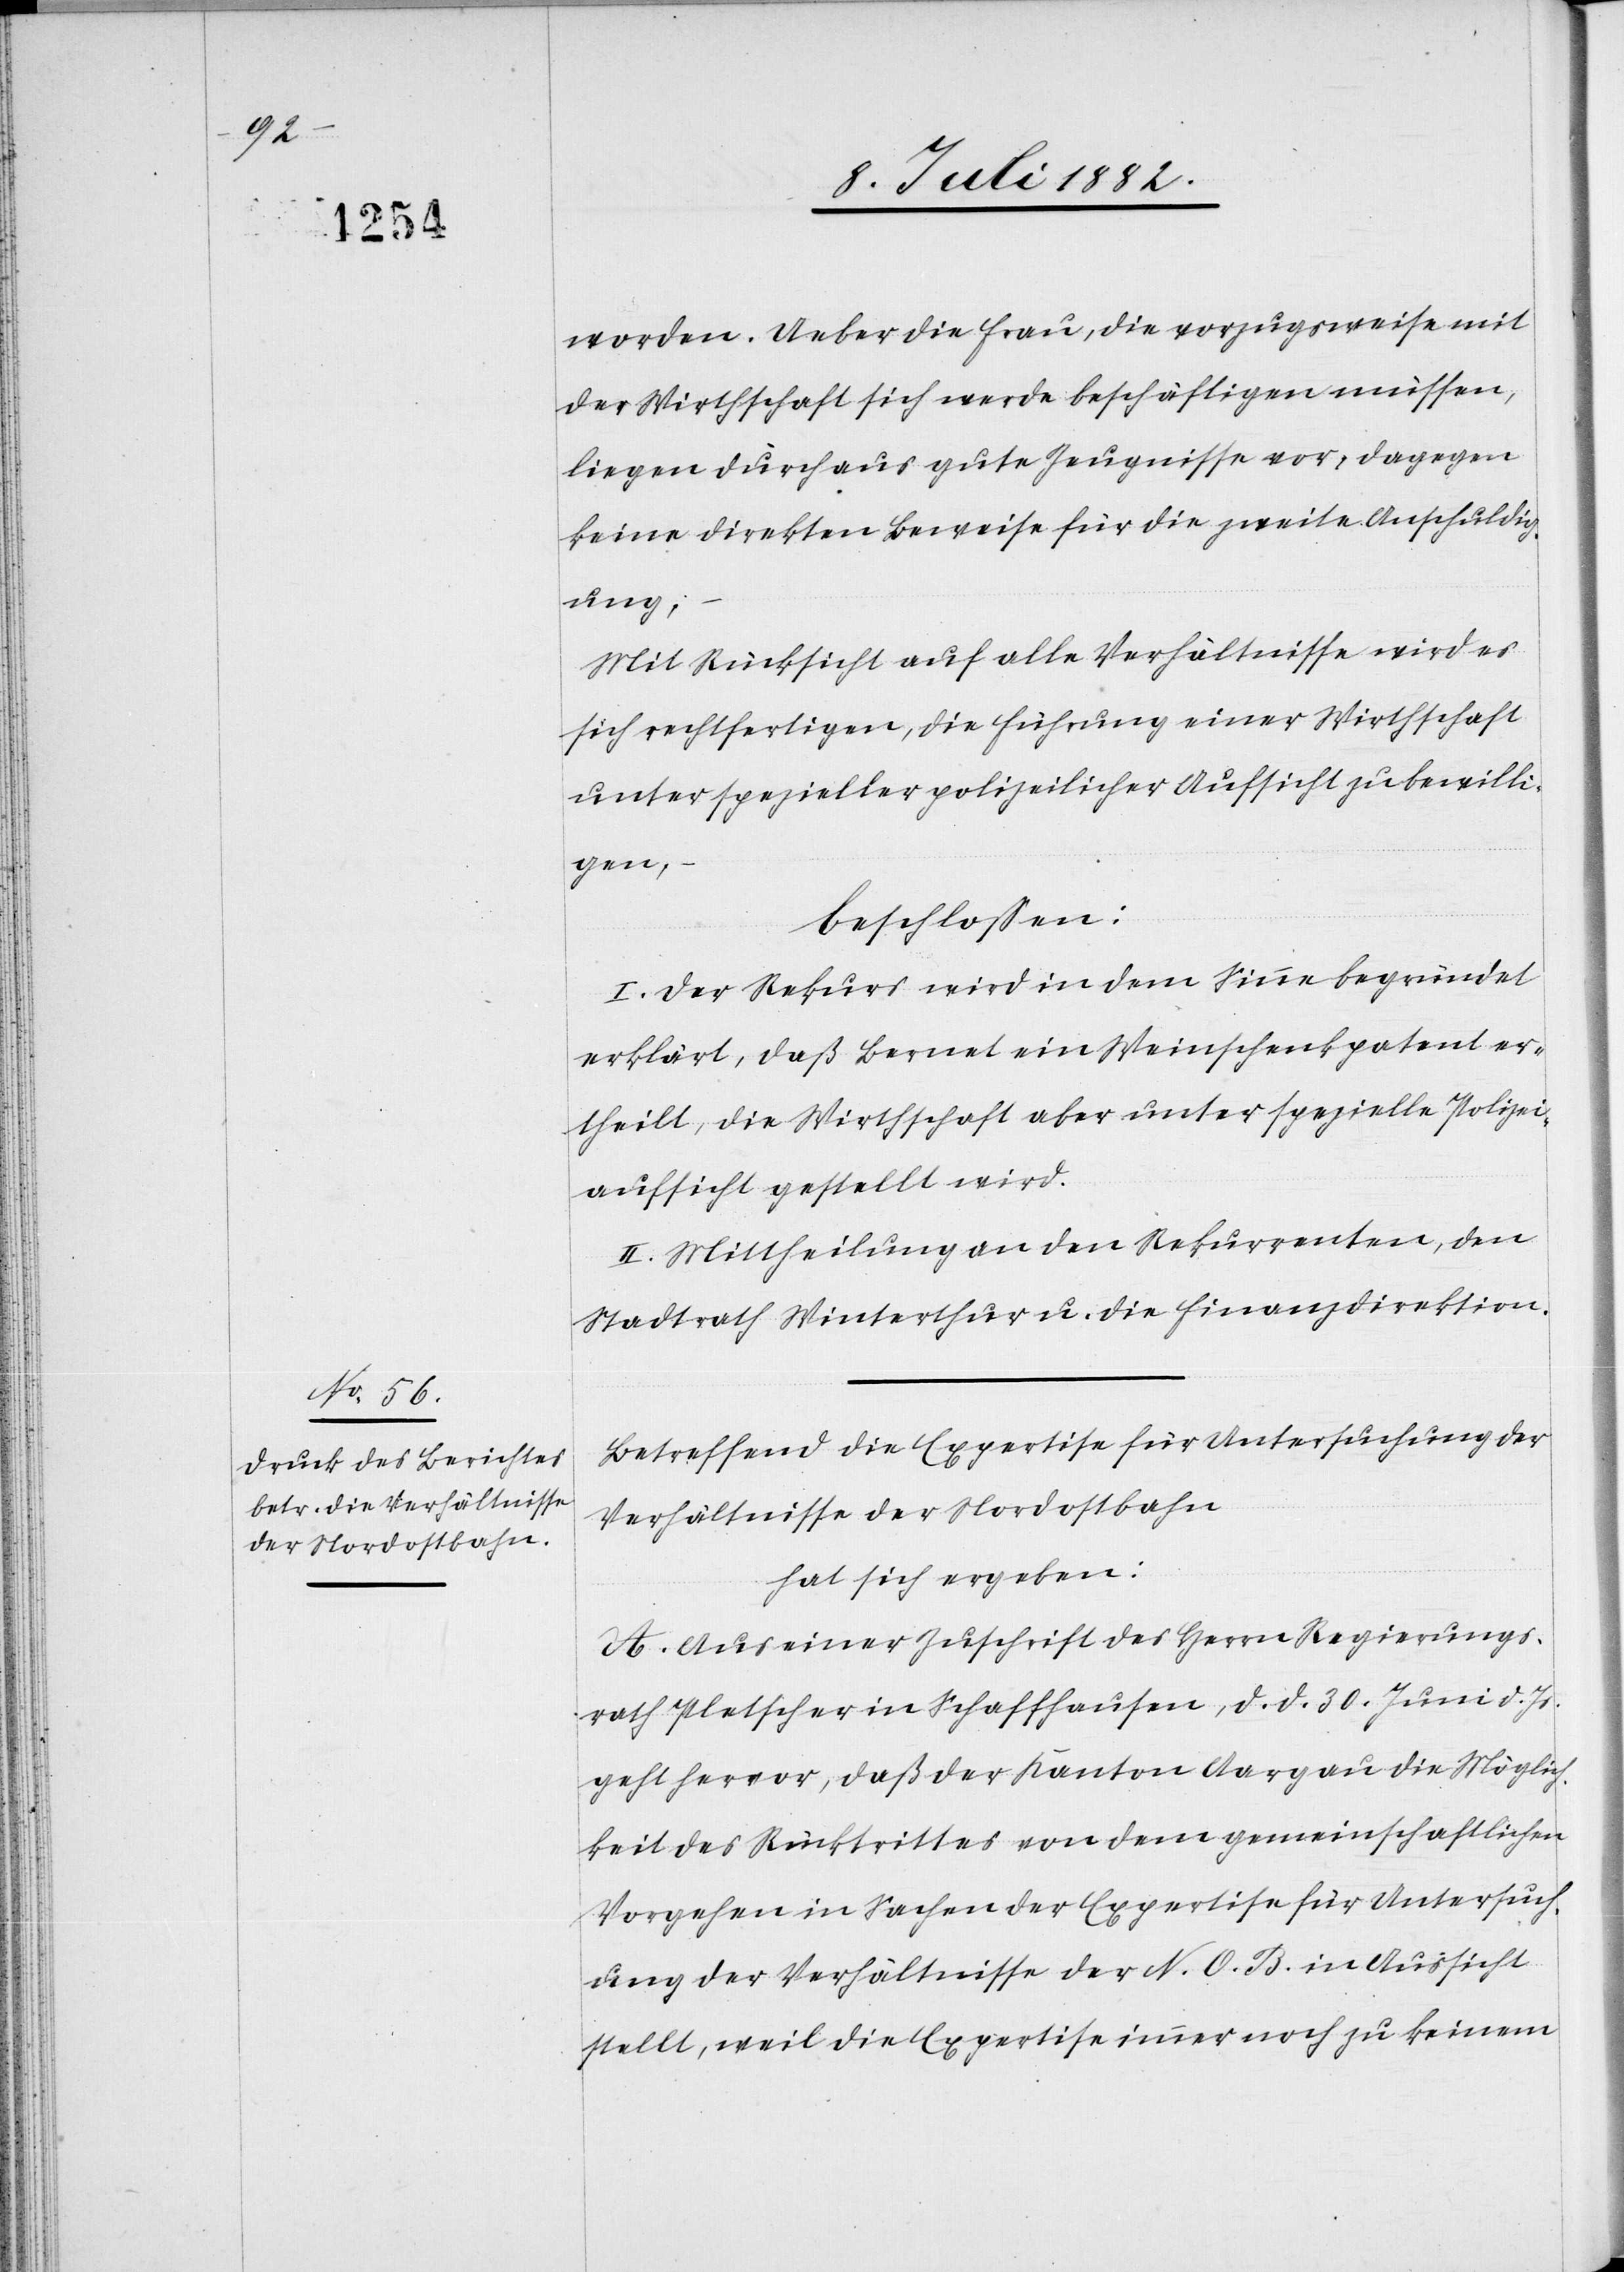
worden. Ueber die Frau, die vorzugsweise mit
der Wirthschaft sich werde beschäftigen müssen,
liegen durchaus gute Zeugnisse vor; dagegen
keine direkten Beweise für die zweite Anschuldig¬
ung;
Mit Rücksicht auf alle Verhältnisse wird es
sich rechtfertigen, die Führung einer Wirthschaft
unter spezieller polizeilicher Aufsicht zu bewilli¬
gen,
beschlossen:
I. Der Rekurs wird in dem Sinne begründet
erklärt, daß Bernet ein Weinschenkpatent er¬
theilt, die Wirthschaft aber unter spezielle Polizei¬
aufsicht gestellt wird.
II. Mittheilung an den Rekurrenten, den
Stadtrath Winterthur u. die Finanzdirektion.
Betreffend die Expertise für Untersuchung der
Verhältnisse der Nordostbahn
hat sich ergeben:
A. Aus einer Zuschrift des Herrn Regierungs¬
rath Platscher in Schaffhausen, d. d. 30. Juni d. Js.
geht hervor, daß der Kanton Aargau die Möglich¬
keit des Rücktrittes von dem gemeinschaftlichen
Vorgehen in Sachen der Expertise für Untersuch¬
ung der Verhältnisse der N. O. B. in Aussicht
stellt, weil die Expertise immer noch zu keinem